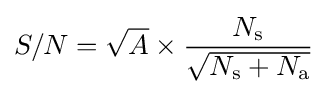
S/N={\sqrt {A}}\times {\frac {N_{\text{s}}}{\sqrt {N_{\text{s}}+N_{\text{a}}}}}